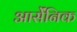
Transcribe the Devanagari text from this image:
आर्सेंनिक